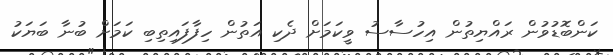
ކަންބޮޑުވުން ރައްޔިތުން އިހުސާސު ވީކަމަށް ދެކި އަތުން ހިފާފައިތިބި ކަމަށް ބުނާ ބަޔަކު